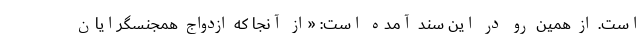
است. از همین رو در این سند آمده است: «از آنجا که ازدواج همجنسگرایان